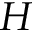
H